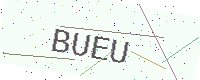
Text: BUEU